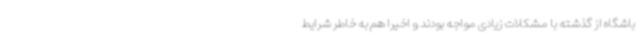
باشگاه از گذشته با مشکلات زیادی مواجه بودند و اخیرا هم به خاطر شرایط